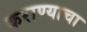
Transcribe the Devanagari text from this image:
कराण्याचा